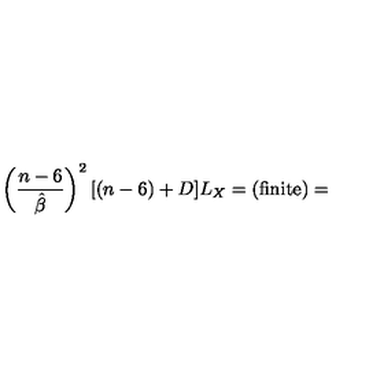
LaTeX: \left( \frac { n - 6 } { \hat { \beta } } \right) ^ { 2 } [ ( n - 6 ) + D ] L _ { X } = ( \mathrm { f i n i t e } ) =